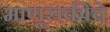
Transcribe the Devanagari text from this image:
माणूसकीचे